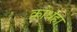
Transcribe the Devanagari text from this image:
क्रोधहा